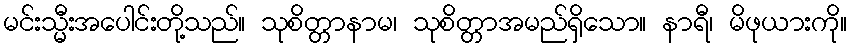
မင်းသ္မီးအပေါင်းတို့သည်။ သုစိတ္တာနာမ၊ သုစိတ္တာအမည်ရှိသော။ နာရီ၊ မိဖုယားကို။